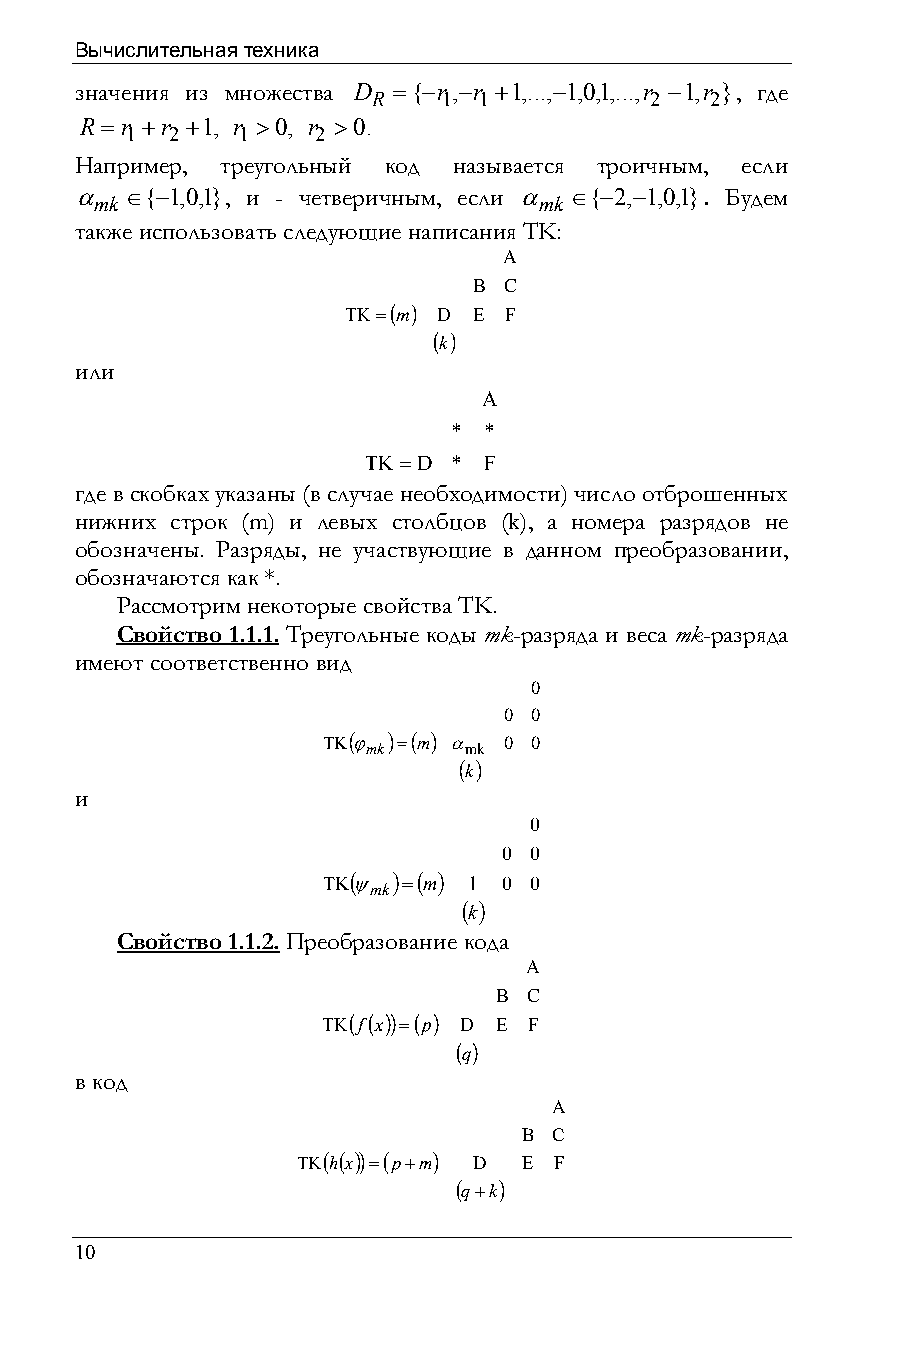
Вычислительная техника
 значения из множества D ={−r,−r +1,...,−1,0,1,...,r −1,r }, где
 R   1  1          2   2
 R =r +r +1, r >0, r >0.
 1  2    1    2
 Например, треугольный код называется троичным, если
 α  ∈{−1,0,1}, и - четверичным, если α ∈{−2,−1,0,1}. Будем
 mk                            mk
 также использовать следующие написания TK:
 A
 B C
 ΤΚ=(m) D E F
 (k)
 или
 A
 * *
 ΤΚ=D  * F
 где в скобках указаны (в случае необходимости) число отброшенных
 нижних строк (m) и левых столбцов (k), а номера разрядов не
 обозначены. Разряды, не участвующие в данном преобразовании,
 обозначаются как *.
 Рассмотрим некоторые свойства TK.
 Свойство 1.1.1. Треугольные коды mk-разряда и веса mk-разряда
 имеют соответственно вид
 0
 0 0
 ΤΚ(ϕ )=(m) α 0 0
 mk     mk
 (k)
 и
 0
 0 0
 ΤΚ(ψ )=(m) 1 0 0
 mk
 (k)
 Свойство 1.1.2. Преобразование кода
 A
 B C
 ΤΚ(f(x))=(p) D E F
 (q)
 в код
 A
 B C
 ΤΚ(h(x))=(p+m) D E F
 (q+k)
 10